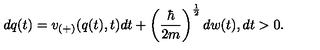
d q ( t ) = v _ { ( + ) } ( q ( t ) , t ) d t + \left( \frac { \hbar } { 2 m } \right) ^ { \frac { 1 } { 2 } } d w ( t ) , d t > 0 .